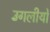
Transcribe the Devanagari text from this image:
उँगलीयों